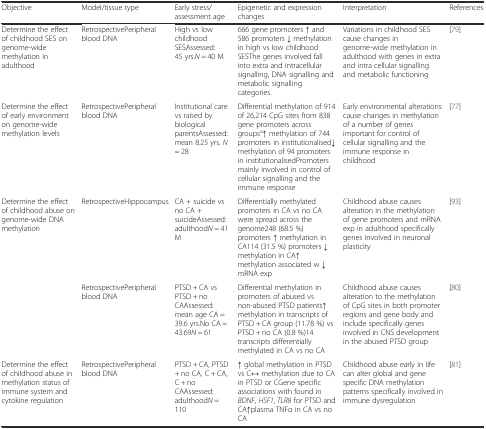
| Objective | Model/tissue type | Early stress/assessment age | Epigenetic and expression changes | Interpretation | References |
 | --- | --- | --- | --- | --- | --- |
 | Determine the effect of childhood SES on genome-wide methylation in adulthood | RetrospectivePeripheral blood DNA | High vs low childhood SESAssessed: 45 yrs.N = 40 M | 666 gene promoters ↑ and 586 promoters ↓ methylation in high vs low childhood SESThe genes involved fall into extra and intracellular signalling, DNA signalling and metabolic signalling categories. | Variations in childhood SES cause changes in genome-wide methylation in adulthood with genes in extra and intra cellular signalling and metabolic functioning | [79] |
 | Determine the effect of early environment on genome-wide methylation levels | RetrospectivePeripheral blood DNA | Institutional care vs raised by biological parentsAssessed: mean 8.25 yrs. N = 28 | Differential methylation of 914 of 26,214 CpG sites from 838 gene promoters across groupsa↑ methylation of 744 promoters in institutionalised↓ methylation of 94 promoters in institutionalisedPromoters mainly involved in control of cellular signalling and the immune response | Early environmental alterations cause changes in methylation of a number of genes important for control of cellular signalling and the immune response in childhood | [77] |
 | <ROWSPAN=2> Determine the effect of childhood abuse on genome-wide DNA methylation | RetrospectiveHippocampus | CA + suicide vs no CA + suicideAssessed: adulthoodN = 41 M | Differentially methylated promoters in CA vs no CA were spread across the genome248 (68.5 %) promoters ↑ methylation in CA114 (31.5 %) promoters ↓ methylation in CA↑ methylation associated w ↓ mRNA exp | Childhood abuse causes alteration in the methylation of gene promoters and mRNA exp in adulthood specifically genes involved in neuronal plasticity | [93] |
 | RetrospectivePeripheral blood DNA | PTSD + CA vs PTSD + no CAAssessed: mean age CA = 39.6 yrs.No CA = 43.69N = 61 | Differential methylation in promoters of abused vs non-abused PTSD patients↑ methylation in transcripts of PTSD + CA group (11.78 %) vs PTSD + no CA (0.8 %)14 transcripts differentially methylated in CA vs no CA | Childhood abuse causes alteration to the methylation of CpG sites in both promoter regions and gene body and include specifically genes involved in CNS development in the abused PTSD group | [80] |
 | Determine the effect of childhood abuse in methylation status of immune system and cytokine regulation | RetrospectivePeripheral blood DNA | PTSD + CA, PTSD + no CA, C + CA, C + no CAAssessed: adulthoodN = 110 | ↑ global methylation in PTSD vs C↔ methylation due to CA in PTSD or CGene specific associations with found in BDNF, HSF1, TLR8 for PTSD and CA↑plasma TNFα in CA vs no CA | Childhood abuse early in life can alter global and gene specific DNA methylation patterns specifically involved in immune dysregulation | [81] |